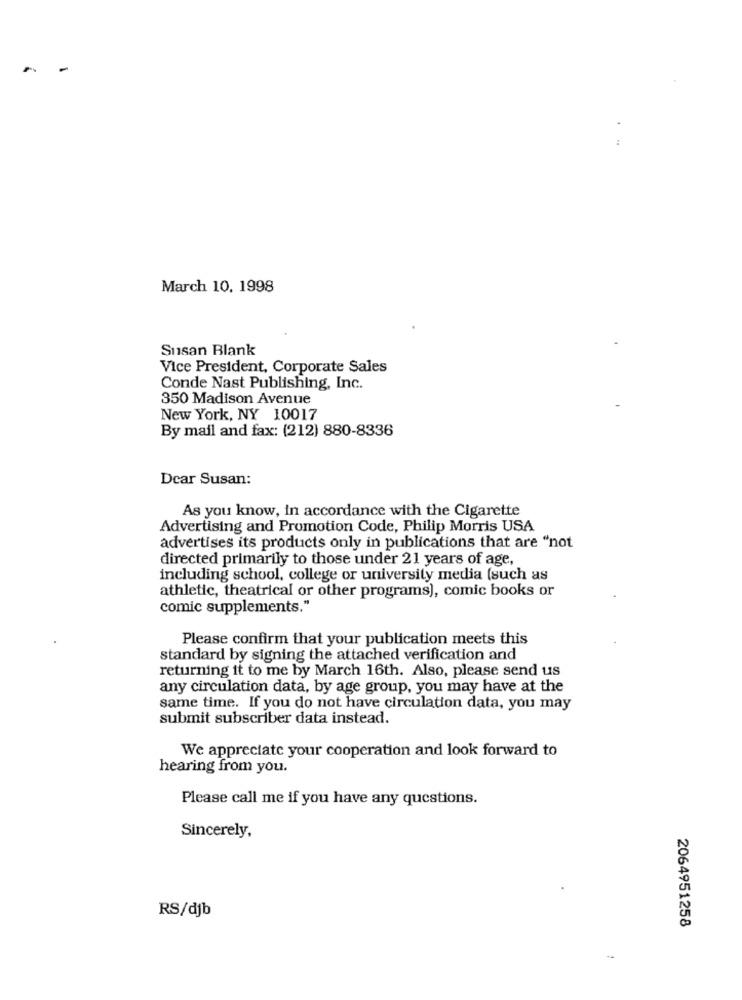
-
:
March 10, 1998
Susan Blank
Vice President, Corporate Sales
Conde Nast Publishing, Inc.
350 Madison Avenue
New York, NY 10017
By mail and fax: (212) 880-8336
Dear Susan:
As you know, in accordance with the Cigarette
Advertising and Promotion Code, Philip Morris USA
advertises its products only in publications that are "not
directed primarily to those under 21 years of age,
including school, college or university media (such as
athletic, theatrical or other programs), comic books or
comic supplements."
Please confirm that your publication meets this
standard by signing the attached verification and
returning it to me by March 16th. Also, please send us
any circulation data, by age group, you may have at the
same time. If you do not have circulation data, you may
submit subscriber data instead.
We appreciate your cooperation and look forward to
hearing from you.
Please call me if you have any questions.
Sincerely,
RS/djb
2064951258